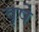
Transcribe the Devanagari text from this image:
वृषे